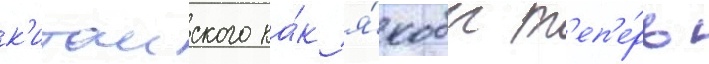
к'итаиского ка́к я́кобы т'еп'е́рь